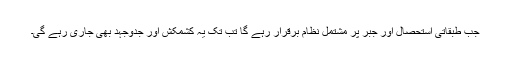
جب طبقاتی استحصال اور جبر پر مشتمل نظام برقرار رہے گا تب تک یہ کشمکش اور جدوجہد بھی جاری رہے گی۔